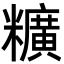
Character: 䊯